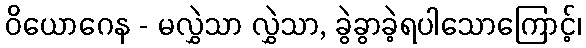
ဝိယောဂေန - မလွှဲသာ လွှဲသာ, ခွဲခွာခဲ့ရပါသောကြောင့်၊